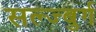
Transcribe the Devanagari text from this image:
सल्ज्बुर्ग